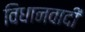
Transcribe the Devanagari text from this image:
विधानवादी